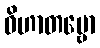
ဝိဟာတဗ္ဗော